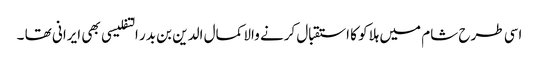
اسی طرح شام میں ہلاکو کا استقبال کرنے والا کمال الدین بن بدر التفلیسی بھی ایرانی تھا ۔